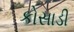
કોસાડી